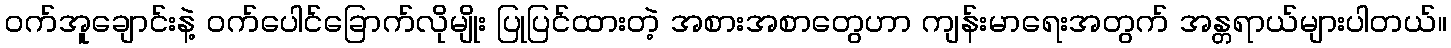
ဝက်အူချောင်းနဲ့ ဝက်ပေါင်ခြောက်လိုမျိုး ပြုပြင်ထားတဲ့ အစားအစာတွေဟာ ကျန်းမာရေးအတွက် အန္တရာယ်များပါတယ်။